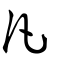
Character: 凢